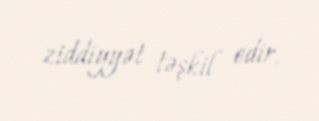
ziddiyyət təşkil edir.